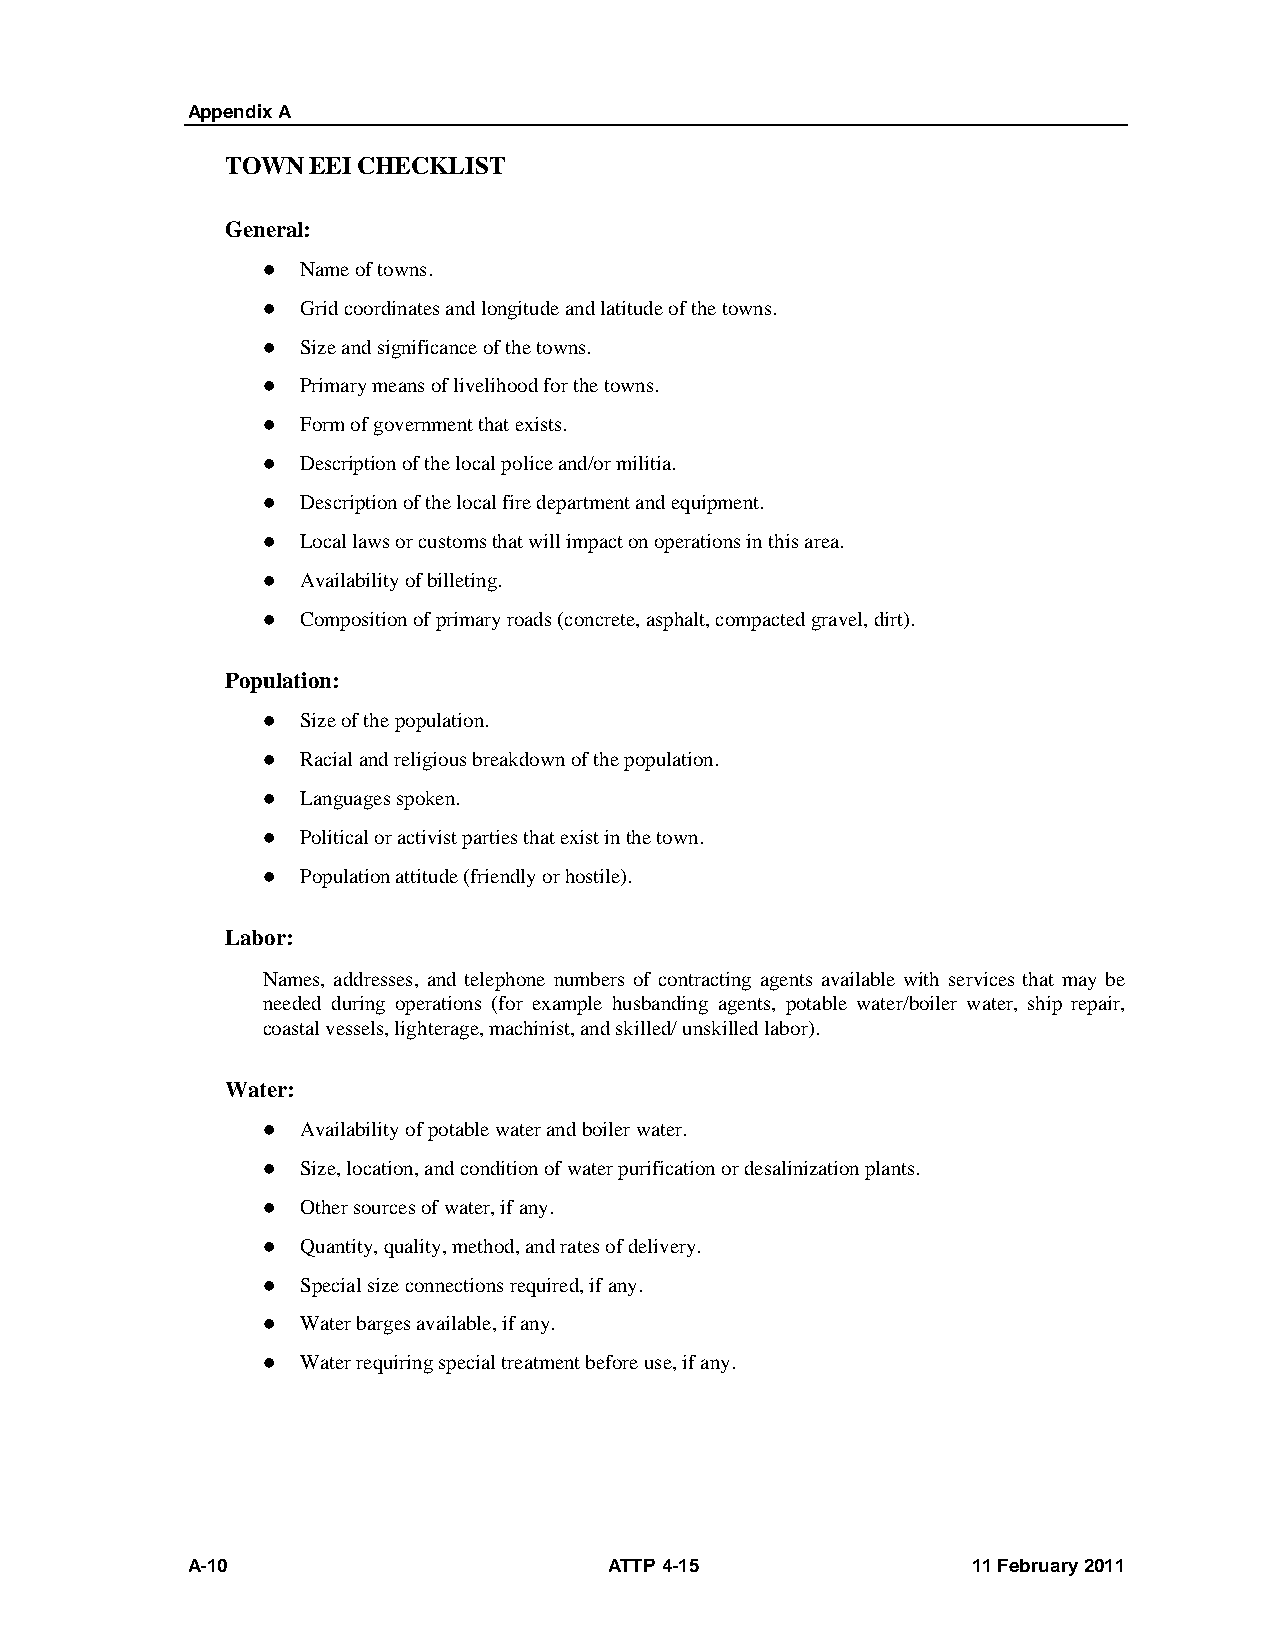
Appendix A
 TOWN EEI CHECKLIST
 General:
   Name of towns.
   Grid coordinates and longitude and latitude of the towns.
   Size and significance of the towns.
   Primary means of livelihood for the towns.
   Form of government that exists.
   Description of the local police and/or militia.
   Description of the local fire department and equipment.
   Local laws or customs that will impact on operations in this area.
   Availability of billeting.
   Composition of primary roads (concrete, asphalt, compacted gravel, dirt).
 Population:
   Size of the population.
   Racial and religious breakdown of the population.
   Languages spoken.
   Political or activist parties that exist in the town.
   Population attitude (friendly or hostile).
 Labor:
 Names, addresses, and telephone numbers of contracting agents available with services that may be
 needed during operations (for example husbanding agents, potable water/boiler water, ship repair,
 coastal vessels, lighterage, machinist, and skilled/ unskilled labor).
 Water:
   Availability of potable water and boiler water.
   Size, location, and condition of water purification or desalinization plants.
   Other sources of water, if any.
   Quantity, quality, method, and rates of delivery.
   Special size connections required, if any.
   Water barges available, if any.
   Water requiring special treatment before use, if any.
 A-10                        ATTP 4-15               11 February 2011